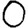
Digit: 0